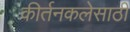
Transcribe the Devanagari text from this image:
कीर्तनकलेसाठी